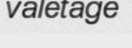
valetage